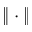
\| \cdot \|